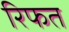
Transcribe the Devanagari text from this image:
रिफत